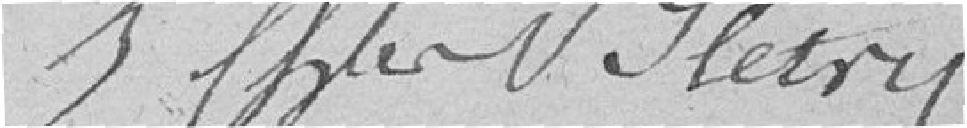
J. CHLER    NHETRY